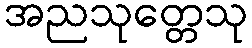
အညသုတ္တေသု